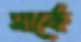
সার্কে